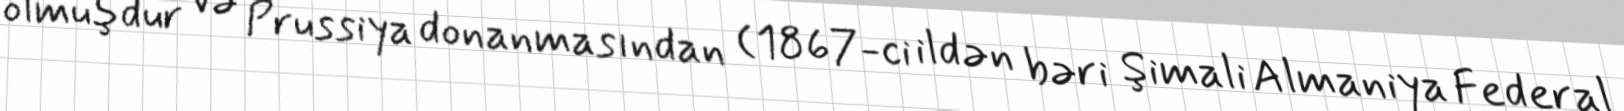
olmuşdur və Prussiya donanmasından (1867-ci ildən bəri Şimali Almaniya Federal